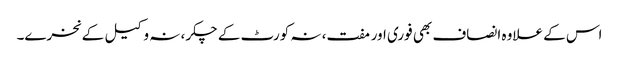
اس کے علاوہ انصاف بھی فوری اور مفت، نہ کورٹ کے چکر، نہ وکیل کے نخرے۔